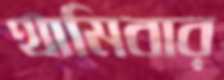
থামিবার